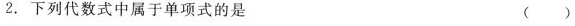
2.下列代数式中属于单项式的是 ( )